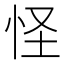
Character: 怪